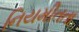
નિયમીતતા